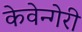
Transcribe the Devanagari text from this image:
केवेन्गेरी